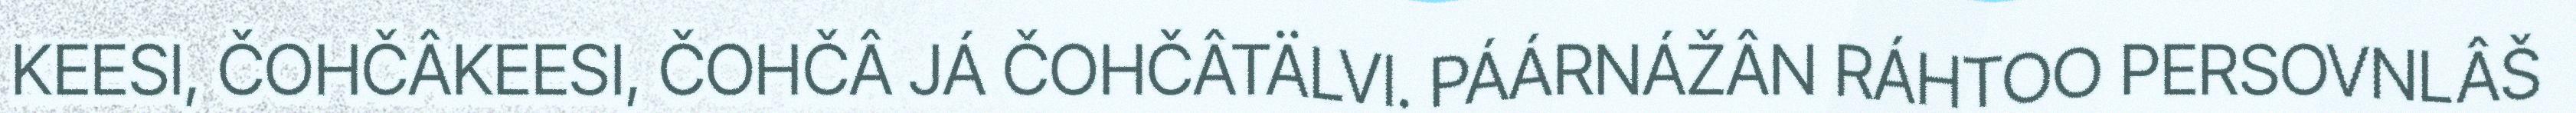
KEESI, ČOHČÂKEESI, ČOHČÂ JÁ ČOHČÂTÄLVI. PÁÁRNÁŽÂN RÁHTOO PERSOVNLÂŠ